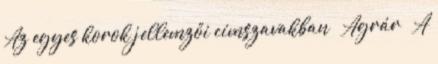
Az egyes korok jellemzői címszavakban  Agrár – A